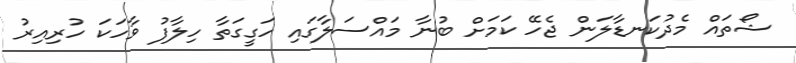
ޝޯތައް މެދުކަނޑާލަން ޖެހޭ ކަމަށް ބުނާ މައްސަލާގައި ހަގީގަތާ ހިލާފު ވާހަކަ ހުރިއިރު